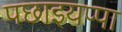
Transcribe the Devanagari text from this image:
पछाइयप्पा